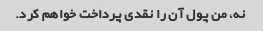
نه، من پول آن را نقدی پرداخت خواهم کرد.